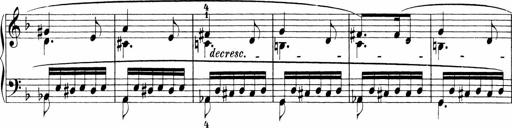
Title: Sonatinen Op.47, 98 und 136, nebst 6 Liedersonatinen
Composer: Carl Reinecke